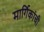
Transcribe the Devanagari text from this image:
मार्गिकांची